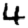
Digit: 4